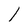
Character: l